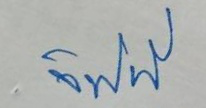
จิฟฟี่